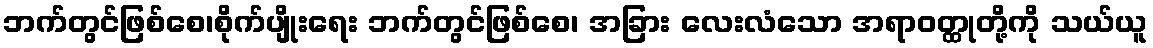
ဘက်တွင်ဖြစ်စေ၊စိုက်ပျိုးရေး ဘက်တွင်ဖြစ်စေ၊ အခြား လေးလံသော အရာဝတ္ထုတို့ကို သယ်ယူ